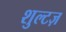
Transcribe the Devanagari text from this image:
शुल्टज़